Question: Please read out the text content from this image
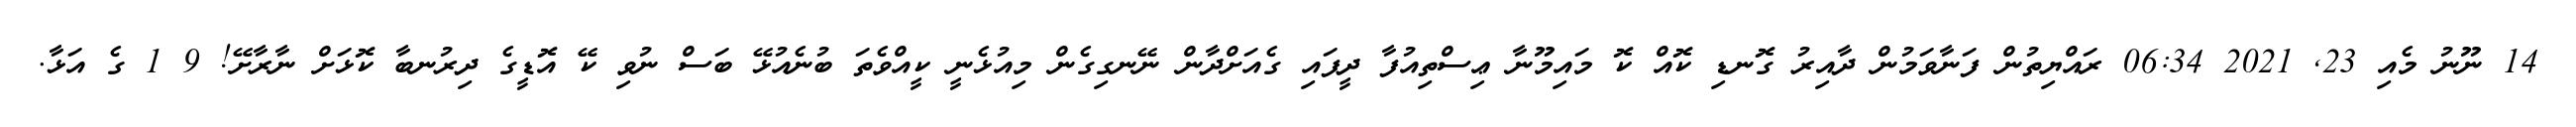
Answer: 14 ނޫނު މެއި 23, 2021 06:34 ރައްޔިތުން ފަނާވަމުން ދާއިރު ގޮނޑި ކޮއް ކޮ މައިމޫނާ ޢިސްތިއުފާ ދީފައި ގެއަށްދާން ނޭނގިގެން މިއުޅެނީ ކީއްވެތަ ބުނެއުޅޭ ބަސް ނުވި ކޭ އޮޑީގެ ދިރުނބާ ކޮޅަށް ނާރާށޭ! 9 1 ގެ އަޅާ.